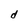
Character: d